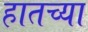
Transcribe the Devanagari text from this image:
हातच्या